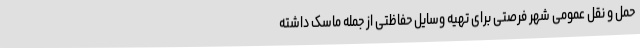
حمل و نقل عمومی شهر فرصتی برای تهیه وسایل حفاظتی از جمله ماسک داشته